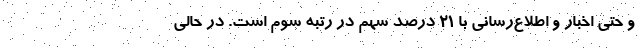
و حتی اخبار و اطلاع‌رسانی با ۲۱ درصد سهم در رتبه سوم است. در حالی